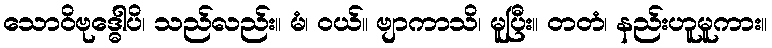
သောဝိဗုဒ္ဓေါပိ၊ သည်လည်း။ မံ၊ ဝယ်။ ဗျာကာသိ၊ မူပြီး။ တတံ၊ နည်းဟူမူကား။